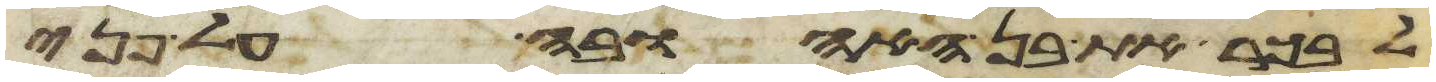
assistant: לבכר את בן האהובה על פני